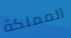
المملكة